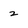
Character: 2